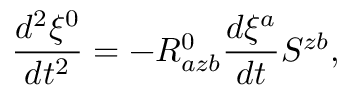
\frac { d ^ { 2 } \xi ^ { 0 } } { d t ^ { 2 } } = - R _ { a z b } ^ { 0 } \frac { d \xi ^ { a } } { d t } S ^ { z b } ,